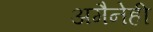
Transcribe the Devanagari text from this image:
अमैनेही